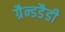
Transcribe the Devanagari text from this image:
ग्रैन्डडैडी